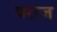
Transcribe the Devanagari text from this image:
पराज